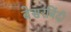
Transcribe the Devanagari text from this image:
बेसरबिंदी